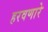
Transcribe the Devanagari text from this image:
हरवणारे